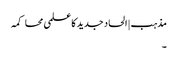
مذہب | الحاد جدید کا علمی محاکمہ
۔